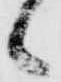
候